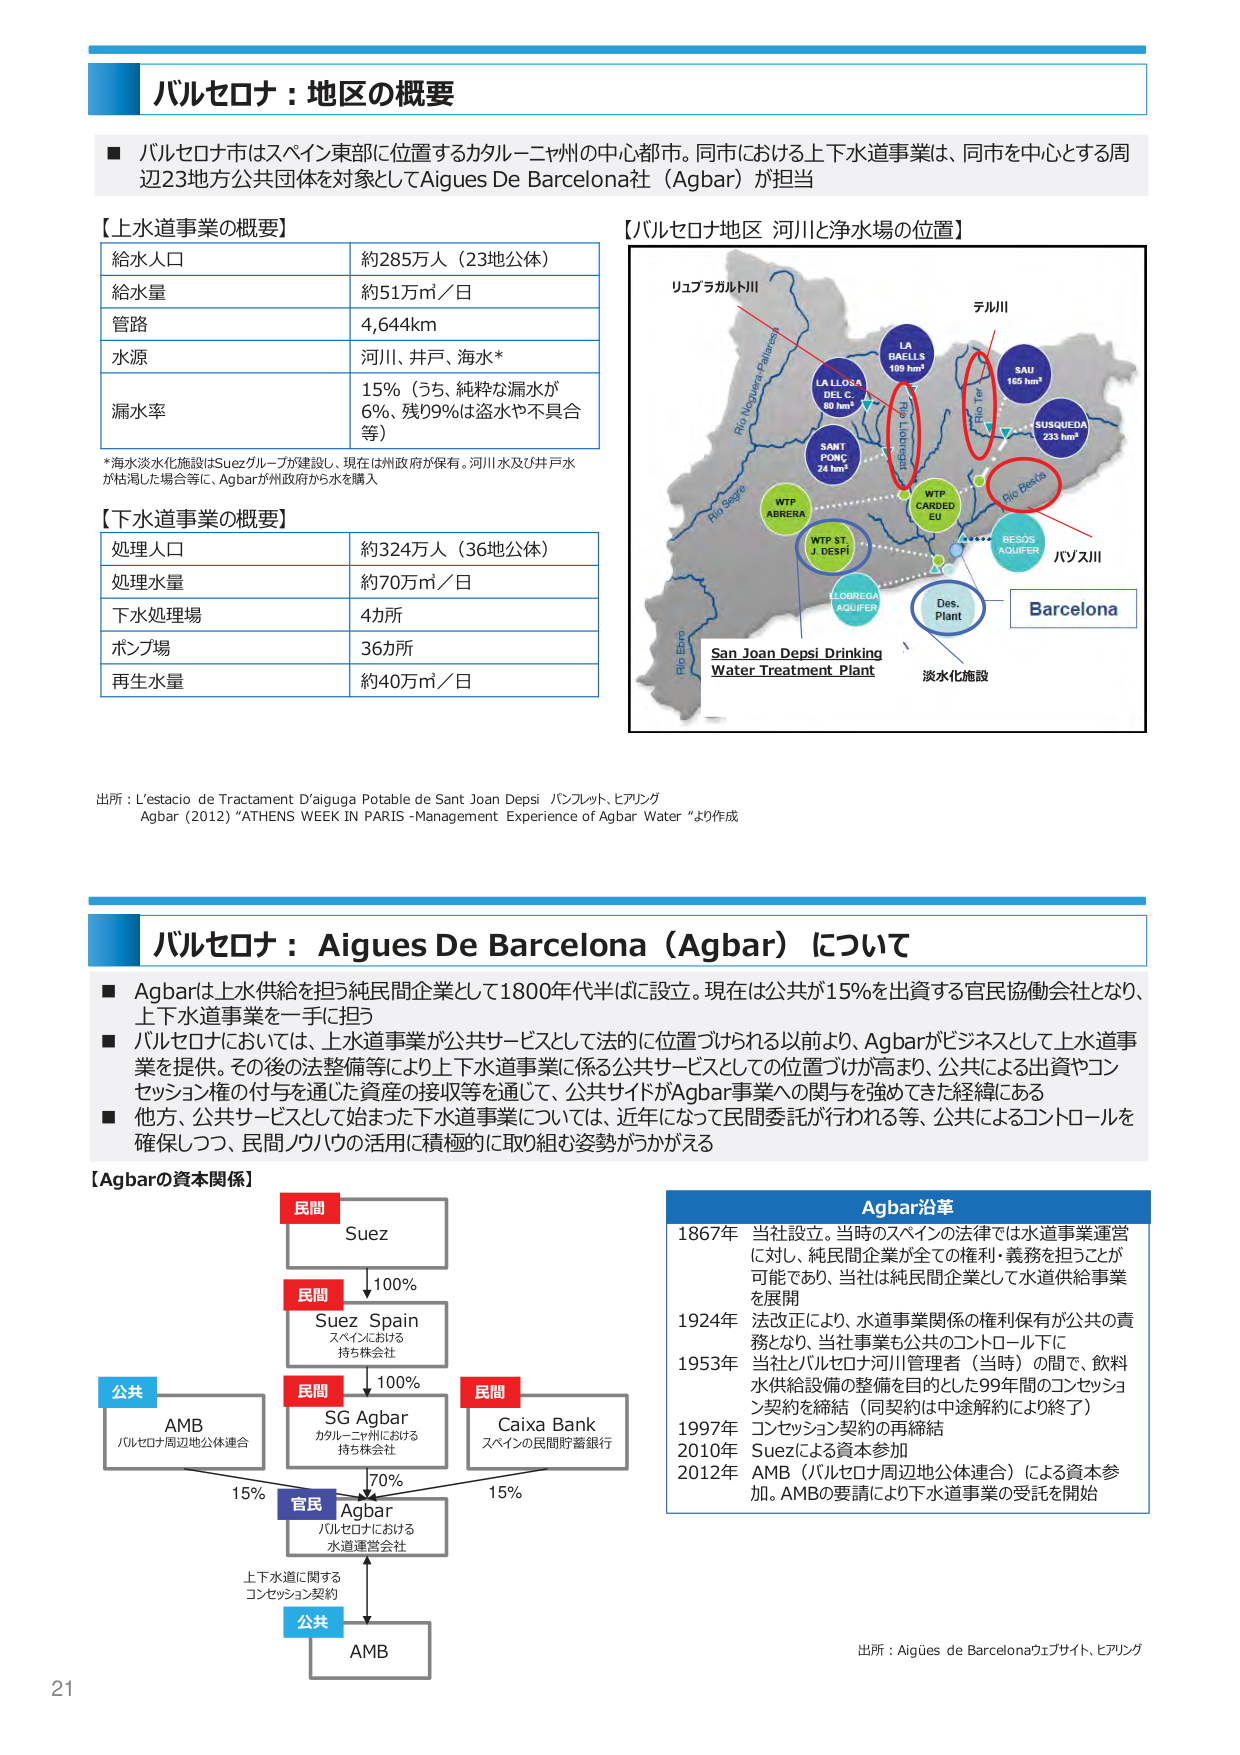
バルセロナ：地区の概要

■ バルセロナ市はスペイン東部に位置するカタルーニャ州の中心都市。同市における上下水道事業は、同市を中心とする周辺23地方公共団体を対象としてAigues De Barcelona社（Agbar）が担当

【上水道事業の概要】
給水人口 約285万人（23地公体）
給水量 約51万㎥／日
管路 4,644km
水源 河川、井戸、海水*
漏水率 15%（うち、純粋な漏水が6%、残99%は盗水や不具合等）

*海水淡水化施設はSuezグループが建設し、現在は州政府が保有。河川水及び井戸水が枯渇した場合等に、Agbarが州政府から水を購入

【下水道事業の概要】
処理人口 約324万人（36地公体）
処理水量 約70万㎥／日
下水処理場 4カ所
ポンプ場 36カ所
再生水量 約40万㎥／日

【バルセロナ地区 河川と浄水場の位置】
リュブラガルト川
Rio Noguera Pallaresa
Rio Segre
Rio Ebro
LA LLOSA DEL C. 80 hm³
SANT PONÇ 24 hm³
WTP ABRENA
WTP ST. J. DESPÍ
LLOBREGA AQUIFER
LA BAELLS 109 hm³
WTP CARDED EU
SAU 165 hm³
SUSQUEDA 233 hm³
Rio Ter
Rio Besòs
BESOS AQUIFER
Des. Plant
淡水化施設
Barcelona
San Joan Depsí Drinking Water Treatment Plant
パズ川
テル川

出所：L’estació de Tractament D’aigua Potable de Sant Joan Depsí パンフレット、ヒアリング
Agbar（2012）“ATHENS WEEK IN PARIS -Management Experience of Agbar Water “より作成

バルセロナ：Aigues De Barcelona（Agbar）について

■ Agbarは上水供給を担う純民間企業として1800年代半ばに設立。現在は公共が15％を出資する官民協働会社となり、上下水道事業を一手に担う
■ バルセロナにおいては、上水道事業が公共サービスとして法的位置づけられる以前より、Agbarがビジネスとして上水道事業を提供。その後の法整備等により上下水道事業に係る公共サービスとしての位置づけが高まり、公共による出資やコンセッション権の付与を通じた資産の接収等を通じて、公共サイドがAgbar事業への関与を強めてきた経緯にある
■ 他方、公共サービスとして始まった下水道事業については、近年になって民間委託が行われる等、公共によるコントロールを確保しつつ、民間ノウハウの活用を積極的に取り組む姿勢がうかがえる

【Agbarの資本関係】
民間
Suez
↓100%
民間
Suez Spain
スペインにおける
持ち株会社
↓100%
民間
SG Agbar
カタルーニャ州における
持ち株会社
民間
Caixa Bank
スペインの民間貯蓄銀行
公共
AMB
バルセロナ周辺地公体連合
↓15%
官民
Agbar
バルセロナにおける
水道運営会社
↓70%
上下水道に関する
コンセッション契約
公共
AMB

Agbar沿革
1867年 当社設立。当時のスペインの法律では水道事業運営に対し、純民間企業が全ての権利・義務を担うことが可能であり、当社は純民間企業として水道供給事業を展開
1924年 法改正により、水道事業関係の権利保有が公共の責務となり、当社事業も公共のコントロール下に
1953年 当社とバルセロナ河川管理者（当時）の間で、飲料水供給設備の整備を目的とした99年間のコンセッション契約を締結（同契約は中途解約により終了）
1997年 コンセッション契約の再締結
2010年 Suezによる資本参加
2012年 AMB（バルセロナ周辺地公体連合）による資本参加。AMBの要請により下水道事業の受託を開始

出所：Aigües de Barcelonaウェブサイト、ヒアリング

21